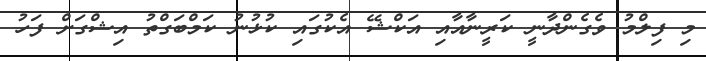
މި ފިލްމު ވެގެންދާނީ ކަރީނާއާއި އަކްޝޭ އެކުގައި ކުޅުނު ކަމްބަގްތު އިޝްގަށް ފަހު